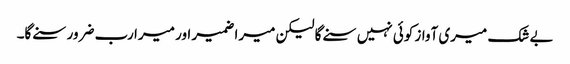
بے شک میری آواز کوئی نہیں سنے گا لیکن میرا ضمیر اور میرا رب ضرور سنے گا۔